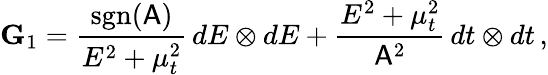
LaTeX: \mathbf{G}_{1}=\frac{\mathrm{sgn}(\mathsf{A})}{E^{2}+\mu_{t}^{2}}\, dE\otimes dE+\frac{E^{2}+\mu_{t}^{2}}{\mathsf{A}^{2}}\, dt\otimes dt\, ,